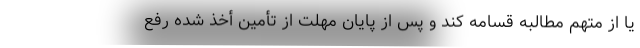
یا از متهم مطالبه قسامه کند و پس از پایان مهلت از تأمین أخذ شده رفع